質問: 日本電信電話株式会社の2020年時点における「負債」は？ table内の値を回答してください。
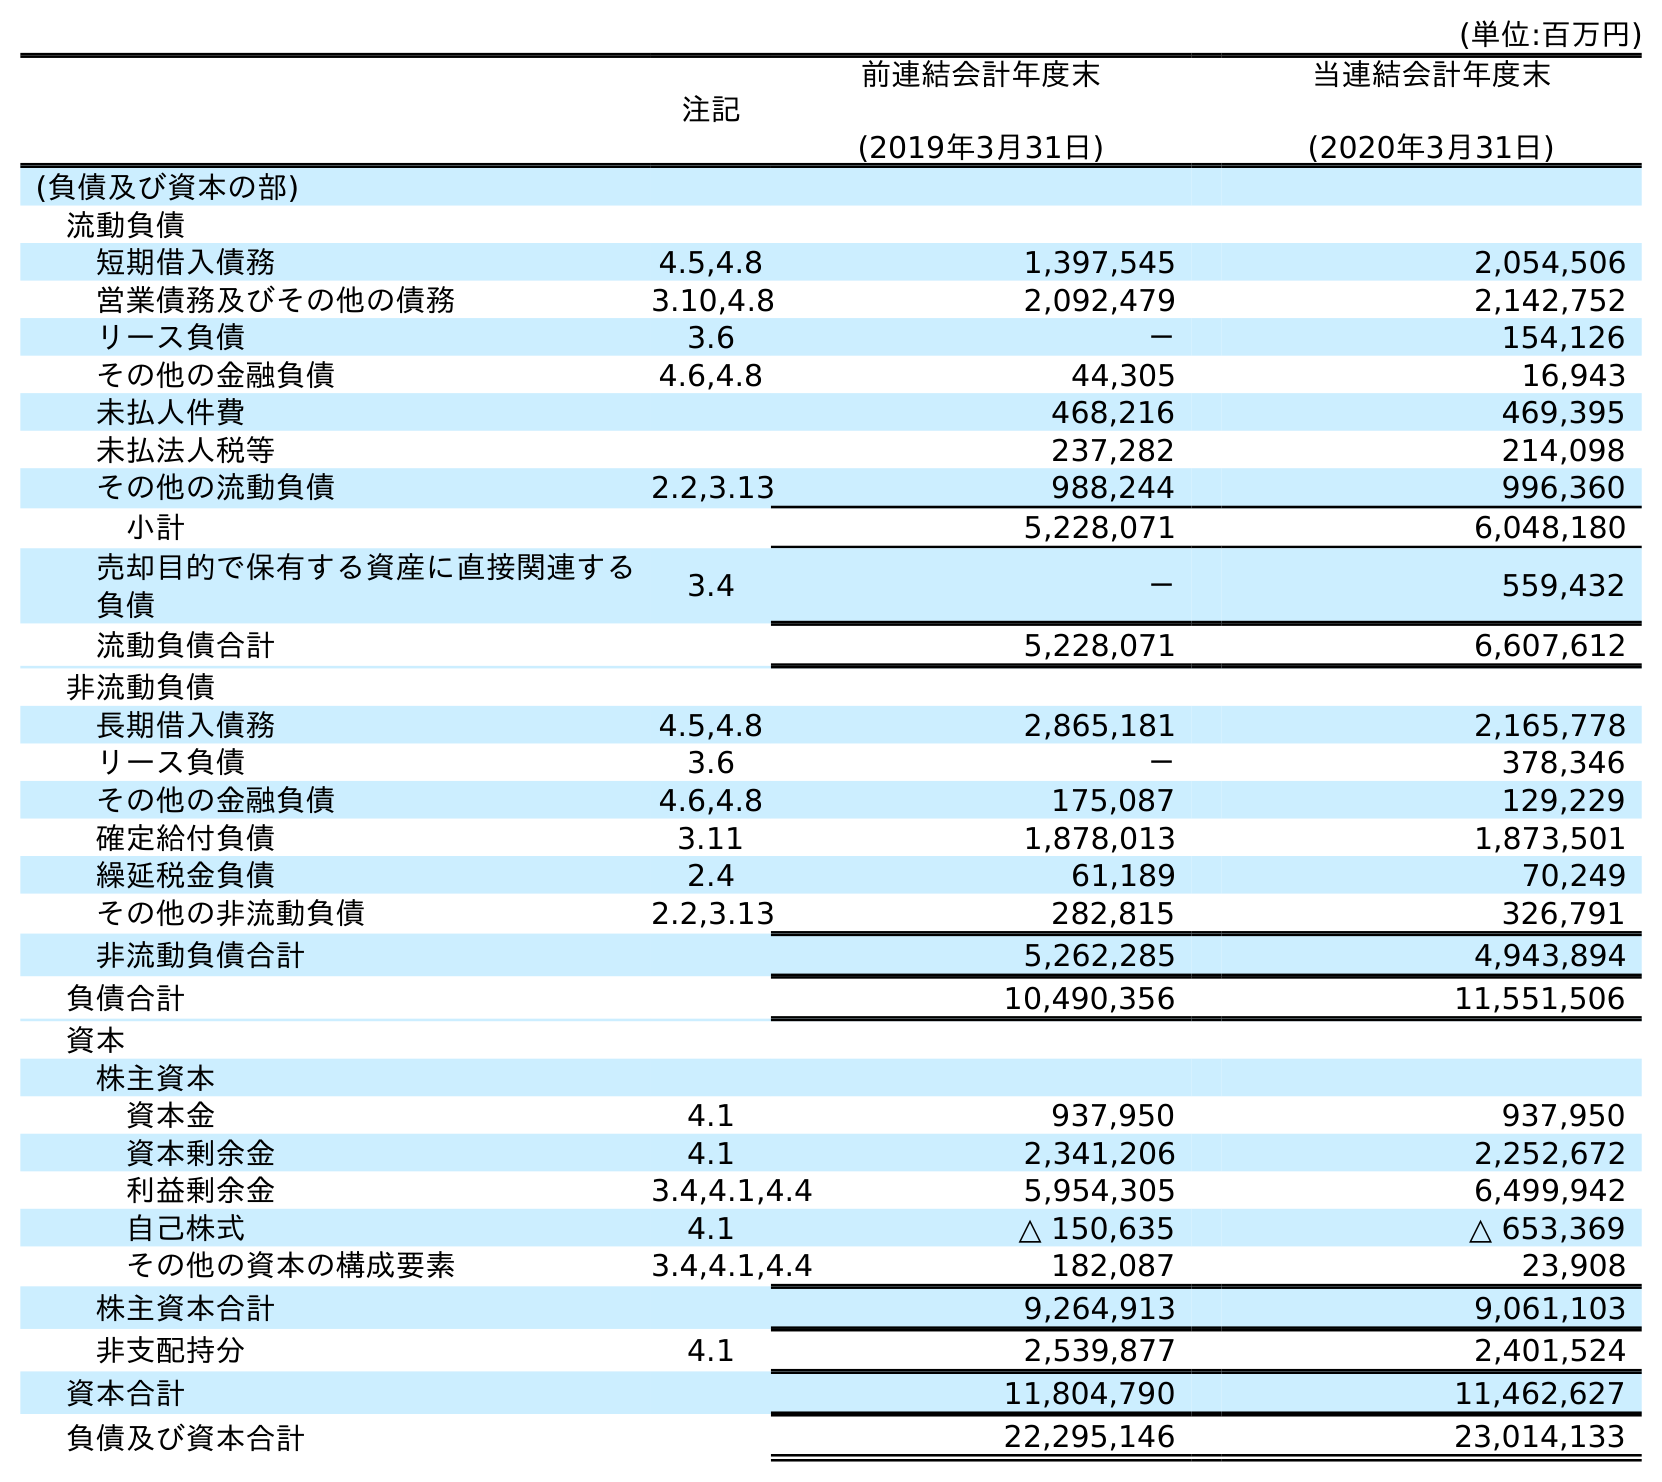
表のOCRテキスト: (単位:百万円) 注記 前連結会計年度末 (2019年3月31日) 当連結会計年度末 (2020年3月31日) (負債及び資本の部) 流動負債 短期借入債務 4.5,4.8 1,397,545 2,054,506 営業債務及びその他の債務 3.10,4.8 2,092,479 2,142,752 リース負債 3.6 － 154,126 その他の金融負債 4.6,4.8 44,305 16,943 未払人件費 468,216 469,395 未払法人税等 237,282 214,098 その他の流動負債 2.2,3.13 988,244 996,360 小計 5,228,071 6,048,180 売却目的で保有する資産に直接関連する 負債 3.4 － 559,432 流動負債合計 5,228,071 6,607,612 非流動負債 長期借入債務 4.5,4.8 2,865,181 2,165,778 リース負債 3.6 － 378,346 その他の金融負債 4.6,4.8 175,087 129,229 確定給付負債 3.11 1,878,013 1,873,501 繰延税金負債 2.4 61,189 70,249 その他の非流動負債 2.2,3.13 282,815 326,791 非流動負債合計 5,262,285 4,943,894 負債合計 10,490,356 11,551,506 資本 株主資本 資本金 4.1 937,950 937,950 資本剰余金 4.1 2,341,206 2,252,672 利益剰余金 3.4,4.1,4.4 5,954,305 6,499,942 自己株式 4.1 △ 150,635 △ 653,369 その他の資本の構成要素 3.4,4.1,4.4 182,087 23,908 株主資本合計 9,264,913 9,061,103 非支配持分 4.1 2,539,877 2,401,524 資本合計 11,804,790 11,462,627 負債及び資本合計 22,295,146 23,014,133
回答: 11,551,506